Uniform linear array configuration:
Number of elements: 12
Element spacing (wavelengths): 0.75
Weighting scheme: kaiser
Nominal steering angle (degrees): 0
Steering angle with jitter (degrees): -1.269
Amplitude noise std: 0.05
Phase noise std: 0.05

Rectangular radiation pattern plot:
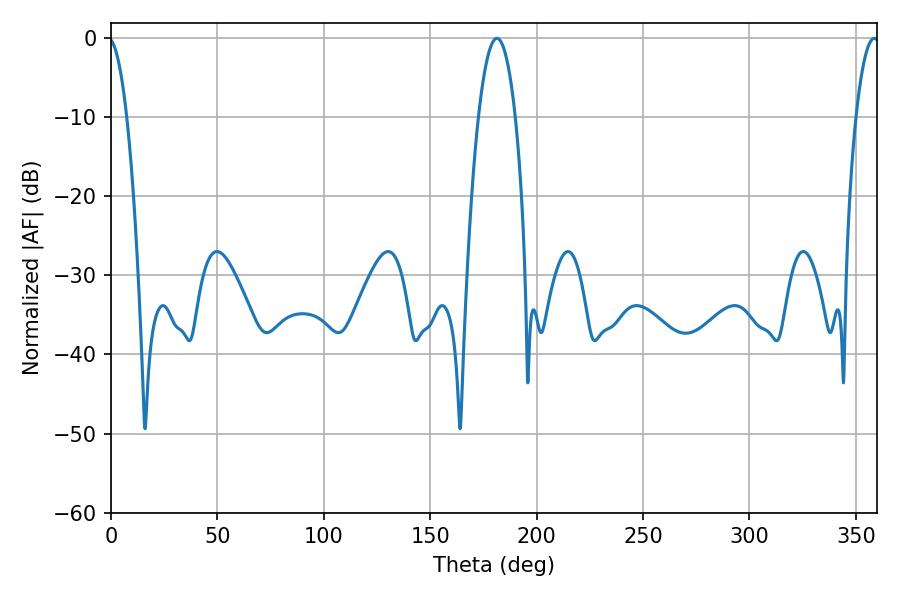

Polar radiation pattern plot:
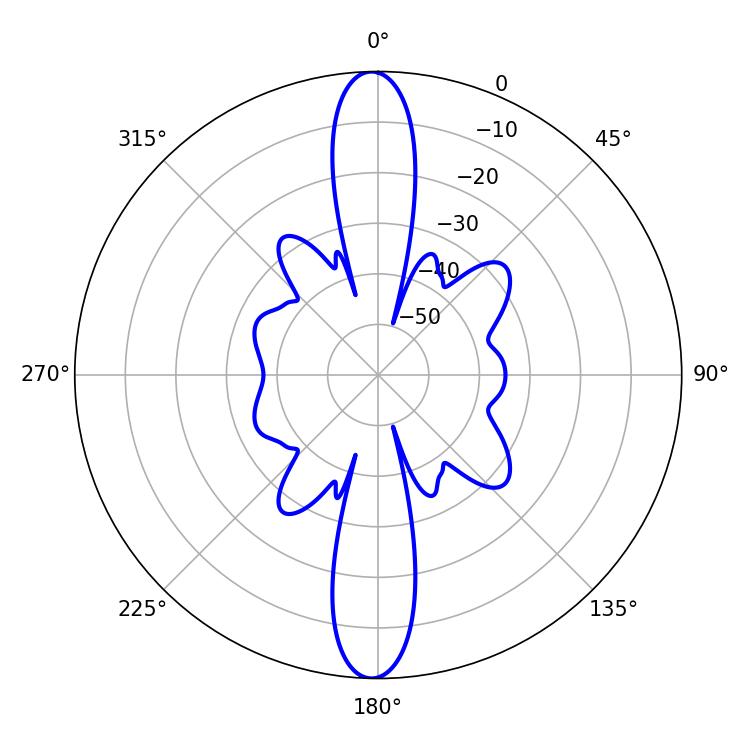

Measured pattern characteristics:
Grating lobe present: TRUE
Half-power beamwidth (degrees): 9.54
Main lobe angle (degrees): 181.26